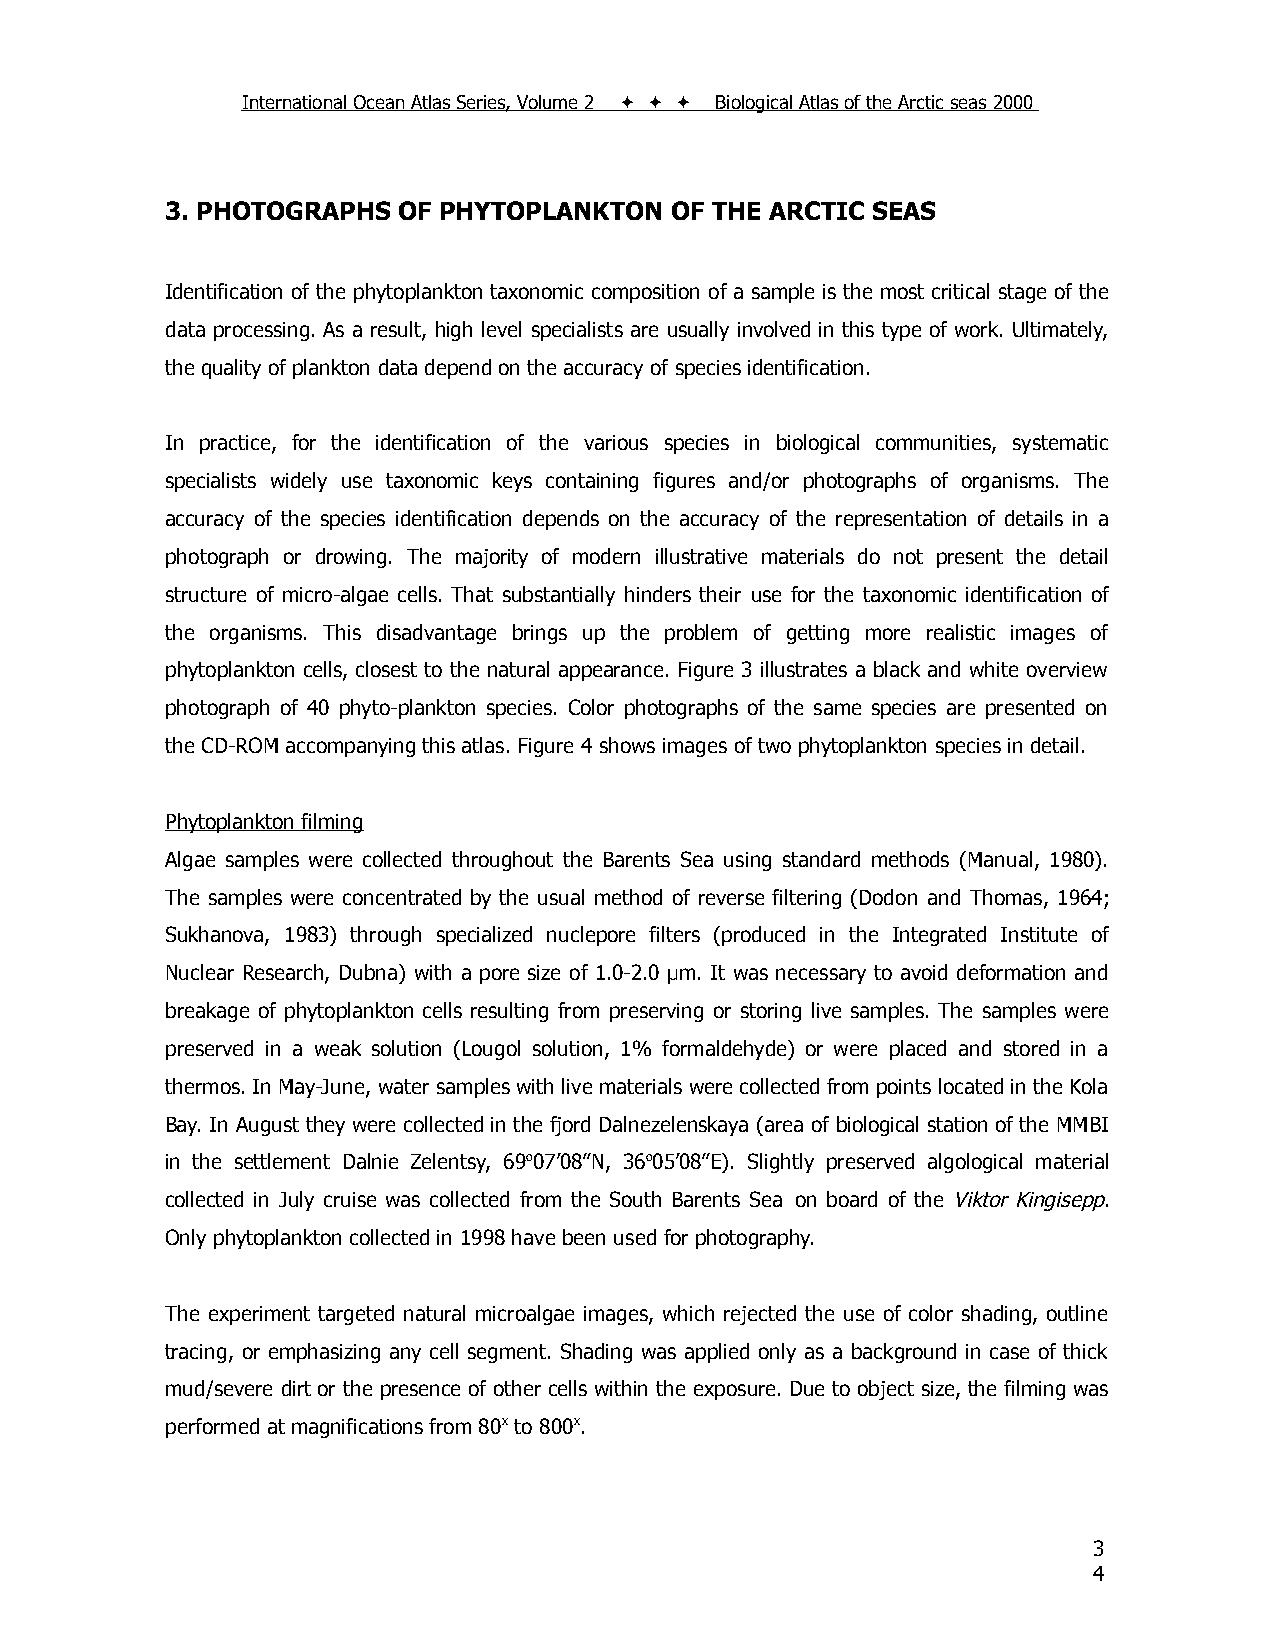
International Ocean Atlas Series, Volume 2    Biological Atlas of the Arctic seas 2000
 3. PHOTOGRAPHS OF PHYTOPLANKTON  OF THE ARCTIC SEAS
 Identification of the phytoplankton taxonomic composition of a sample is the most critical stage of the
 data processing. As a result, high level specialists are usually involved in this type of work. Ultimately,
 the quality of plankton data depend on the accuracy of species identification.
 In practice, for the identification of the various species in biological communities, systematic
 specialists widely use taxonomic keys containing figures and/or photographs of organisms. The
 accuracy of the species identification depends on the accuracy of the representation of details in a
 photograph or drowing. The majority of modern illustrative materials do not present the detail
 structure of micro-algae cells. That substantially hinders their use for the taxonomic identification of
 the organisms. This disadvantage brings up the problem of getting more realistic images of
 phytoplankton cells, closest to the natural appearance. Figure 3 illustrates a black and white overview
 photograph of 40 phyto-plankton species. Color photographs of the same species are presented on
 the CD-ROM accompanying this atlas. Figure 4 shows images of two phytoplankton species in detail.
 Phytoplankton filming
 Algae samples were collected throughout the Barents Sea using standard methods (Manual, 1980).
 The samples were concentrated by the usual method of reverse filtering (Dodon and Thomas, 1964;
 Sukhanova, 1983) through specialized nuclepore filters (produced in the Integrated Institute of
 Nuclear Research, Dubna) with a pore size of 1.0-2.0 μm. It was necessary to avoid deformation and
 breakage of phytoplankton cells resulting from preserving or storing live samples. The samples were
 preserved in a weak solution (Lougol solution, 1% formaldehyde) or were placed and stored in a
 thermos. In May-June, water samples with live materials were collected from points located in the Kola
 Bay. In August they were collected in the fjord Dalnezelenskaya (area of biological station of the MMBI
 in the settlement Dalnie Zelentsy, 69o07’08”N, 36o05’08”E). Slightly preserved algological material
 collected in July cruise was collected from the South Barents Sea on board of the Viktor Kingisepp.
 Only phytoplankton collected in 1998 have been used for photography.
 The experiment targeted natural microalgae images, which rejected the use of color shading, outline
 tracing, or emphasizing any cell segment. Shading was applied only as a background in case of thick
 mud/severe dirt or the presence of other cells within the exposure. Due to object size, the filming was
 performed at magnifications from 80x to 800x.
 3
 4